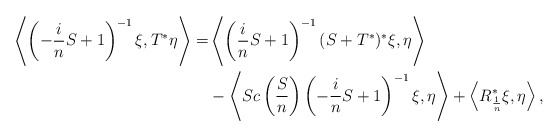
\begin{align*}\left\langle \left(-\frac{i}{n}S+1\right)^{-1}\xi, T^*\eta\right\rangle=&\left\langle \left(\frac{i}{n}S+1\right)^{-1}(S+T^*)^*\xi,\eta\right\rangle\\&-\left\langle Sc\left(\frac{S}{n}\right)\left(-\frac{i}{n}S+1\right)^{-1}\xi, \eta\right\rangle+\left\langle R_{\frac{1}{n}}^*\xi,\eta\right\rangle,\end{align*}